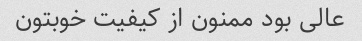
عالی بود ممنون از کیفیت خوبتون